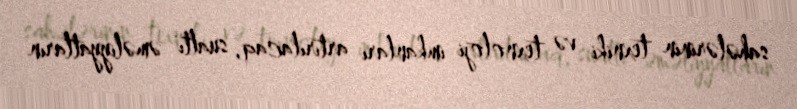
sahələrinin texniki və texnoloji imkanları artırılacaq, sualtı əməliyyatların